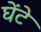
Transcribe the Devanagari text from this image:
घेंटे